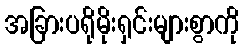
အခြားပရိုမိုးရှင်းများစွာကို